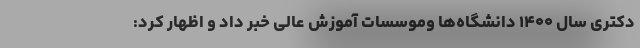
دکتری سال ۱۴۰۰ دانشگاه‌ها وموسسات آموزش عالی خبر داد و اظهار کرد: